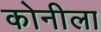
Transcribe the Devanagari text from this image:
कोनीला